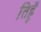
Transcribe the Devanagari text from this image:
तिहूँ